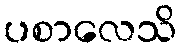
ပစာလေသိ